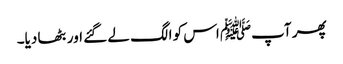
پھر آپﷺ اس کو الگ لے گئے اور بٹھا دیا۔